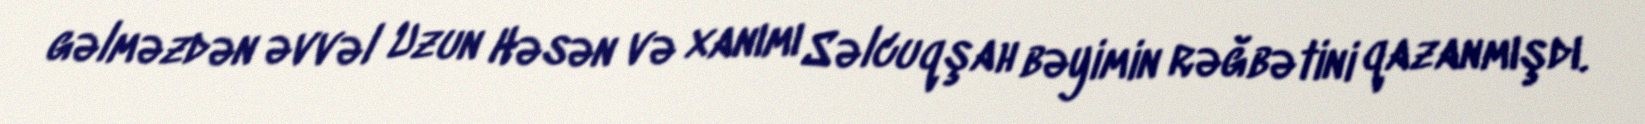
gəlməzdən əvvəl Uzun Həsən və xanımı Səlcuqşah bəyimin rəğbətini qazanmışdı.